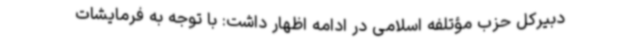
دبیرکل حزب مؤتلفه اسلامی در ادامه اظهار داشت: با توجه به فرمایشات